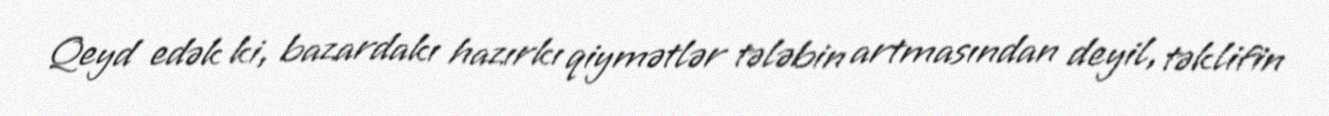
Qeyd edək ki, bazardakı hazırkı qiymətlər tələbin artmasından deyil, təklifin